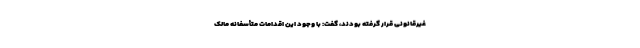
غیرقانونی قرار گرفته بودند، گفت: با وجود این اقدامات متأسفانه مالک